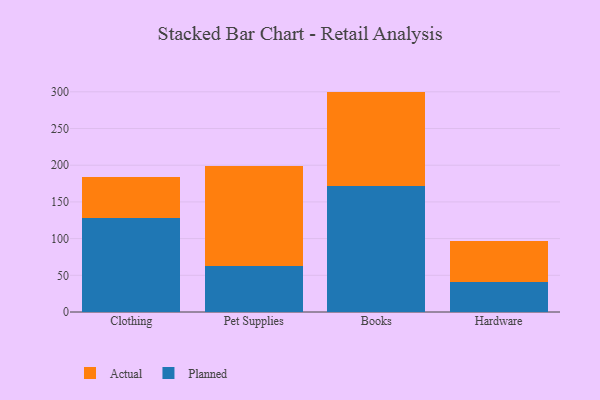
{"axis": {"x": "Category", "y": "Budget (USD K)"}, "legend": ["Actual", "Planned"], "data": [{"x": "Clothing", "y": 128.7, "type": "Planned"}, {"x": "Clothing", "y": 55.9, "type": "Actual"}, {"x": "Pet Supplies", "y": 62.5, "type": "Planned"}, {"x": "Pet Supplies", "y": 136.9, "type": "Actual"}, {"x": "Books", "y": 171.2, "type": "Planned"}, {"x": "Books", "y": 129.1, "type": "Actual"}, {"x": "Hardware", "y": 40.7, "type": "Planned"}, {"x": "Hardware", "y": 56.3, "type": "Actual"}]}